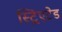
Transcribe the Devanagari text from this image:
स्ट्रिएटेड